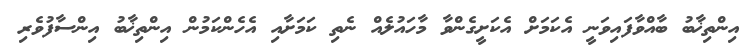
އިންތިޚާބު ބާއްވާފައިވަނީ އެކަމަށް އެކަށީގެންވާ މާހައުލެއް ނެތި ކަމަށާއި އެހެންކަމުން އިންތިޚާބު އިންސާފުވެރި